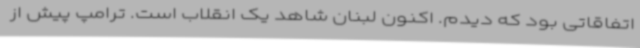
اتفاقاتی بود که دیدم. اکنون لبنان شاهد یک انقلاب است. ترامپ پیش از